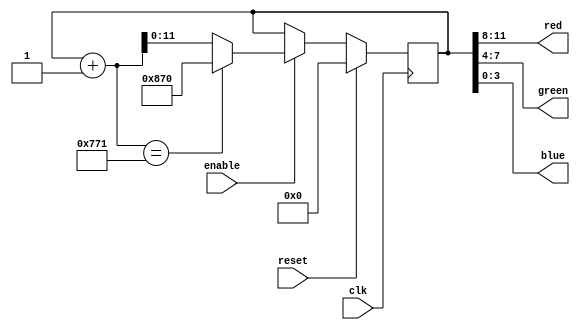
/*
Authored by Elijah Theander
December 5, 2016
colorCycle.v
12 bit counter that counts up and splits
into red, green, and blue inputs for widget.
*/

module colorCycle(red,green,blue,enable,clk,reset);

	output [3:0]  red,green,blue; 
	input         enable;
	input 		  clk,reset;
	
	reg    [11:0] S,nS;
	
	//State memory
	always @(posedge clk)begin
		if(reset)begin
			S <= 0;
		end
		else if(enable)begin
			S <= nS;
		end
		else begin
            S <= S;
		end
	end
	
	//Next state
	always @(S)begin
		if((S + 1) == 12'h771)begin
			nS = 12'h870;
		end
		else begin
			nS = S + 1;
		end
	end
	
	assign {red,green,blue} = S;
endmodule